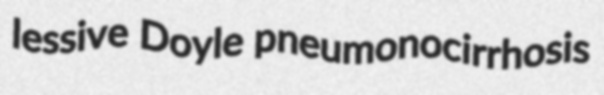
lessive Doyle pneumonocirrhosis